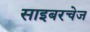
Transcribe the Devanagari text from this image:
साइबरचेज